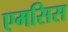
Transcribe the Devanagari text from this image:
एमसिस